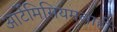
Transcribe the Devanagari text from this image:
आर्टेमिसियमलाही